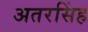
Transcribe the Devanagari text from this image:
अतरसिंह